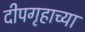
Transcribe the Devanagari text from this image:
दीपगृहाच्या